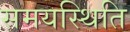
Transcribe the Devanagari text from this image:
समयस्थिति